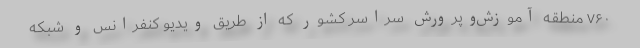
۷۶۰ منطقه آموزش‌وپرورش سراسر کشور که از طریق ویدیو کنفرانس و شبکه